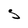
Character: 5